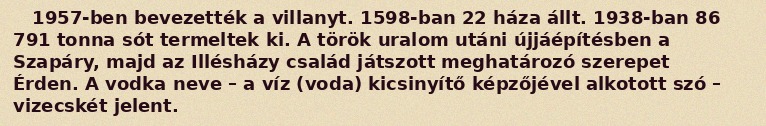
1957-ben bevezették a villanyt. 1598-ban 22 háza állt. 1938-ban 86 791 tonna sót termeltek ki. A török uralom utáni újjáépítésben a Szapáry, majd az Illésházy család játszott meghatározó szerepet Érden. A vodka neve – a víz (voda) kicsinyítő képzőjével alkotott szó – vizecskét jelent.